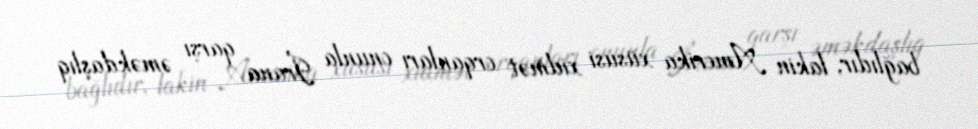
bağlıdır, lakin Amerika xüsusi xidmət orqanları onunla İrana qarşı əməkdaşlıq